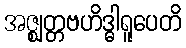
အဇ္ဈတ္တဗဟိဒ္ဓါရူပေတိ